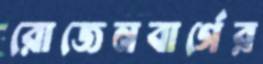
রোজেনবার্গের